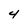
Character: 4